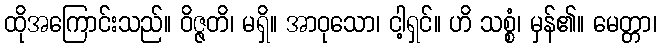
ထိုအကြောင်းသည်။ ဝိဇ္ဇတိ၊ မရှိ။ အာဝုသော၊ ငါ့ရှင်။ ဟိ သစ္စံ၊ မှန်၏။ မေတ္တာ၊